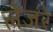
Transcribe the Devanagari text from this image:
लेजरे